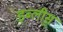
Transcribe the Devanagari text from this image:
इब्लीस